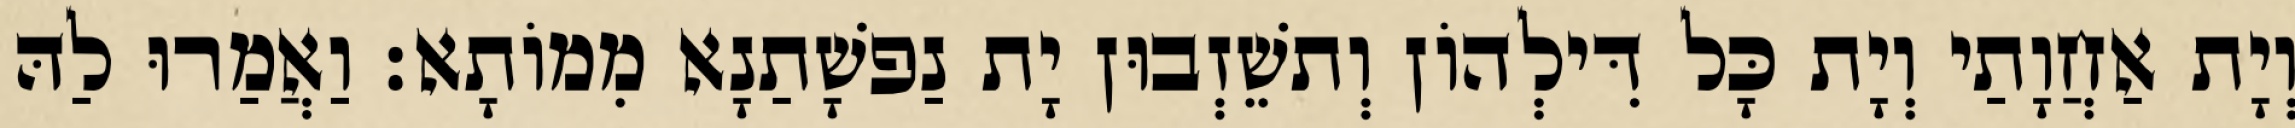
וְיָת אַחֲוָתַי וְיָת כָּל דִּילְהוֹן וְתשֵׁזְבוּן יָת נַפשָׁתַנָא מִמוֹתָא׃ וַאֲמַרוּ לַהּ